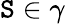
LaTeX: \mathtt{S}\in\gamma